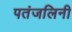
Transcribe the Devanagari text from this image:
पतंजलिनी